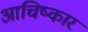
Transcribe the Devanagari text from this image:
आचिष्कार